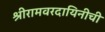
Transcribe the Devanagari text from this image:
श्रीरामवरदायिनीची